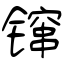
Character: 镩